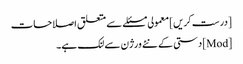
[درست کریں] معمولی مسئلے سے متعلق اصلاحات
[Mod] دستی کے نئے ورژن سے لنک ہے۔